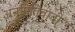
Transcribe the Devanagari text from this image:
अनुमितिवादी